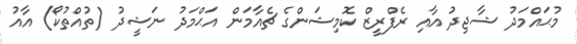
މުޙައްމަދު ޝާޖިދު އާއި ރެފްރީޒް ކޮމިޝަންގެ ޗެއާމަން އަޙްމަދު ނަޝީދު (ތުއްތުކޯ) އާއު